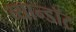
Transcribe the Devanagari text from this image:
व्यान्डॉट